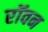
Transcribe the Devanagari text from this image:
रॉवन